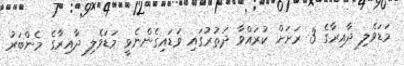
މަޑަވެލި ދާއިރާގެ 3 ރަށަށް ކުރައްވާ ދަތުރުގައި ވަޑައިގެންނެވީ މަޑަވެލި ދާއިރާގެ މެންބަރު